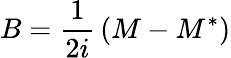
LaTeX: B={\frac{1}{2i}}\left(M-M^{*}\right)